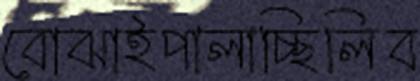
বোঝাইপালাচ্ছিলিব